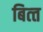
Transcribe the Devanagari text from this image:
बित्‍त